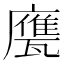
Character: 𢋩